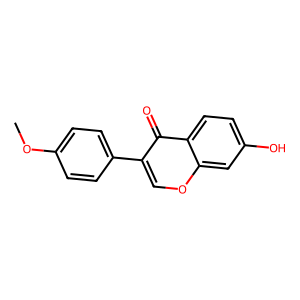
SMILES: COc1ccc(-c2coc3cc(O)ccc3c2=O)cc1
Inhibits HIV replication: No